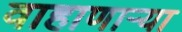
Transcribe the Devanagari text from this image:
वाहाणाऱ्या